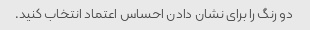
دو رنگ را برای نشان دادن احساس اعتماد انتخاب کنید.